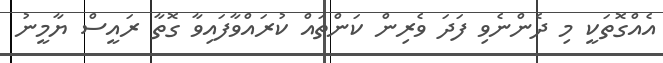
އެއްގޮތަކީ މި ދެންނެވި ފަދަ ވެރިން ކަންތައް ކުރައްވާފައިވާ ގޮތާ ރައީސް ޔާމީނު